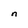
Character: n